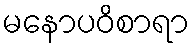
မနောပဝိစာရာ